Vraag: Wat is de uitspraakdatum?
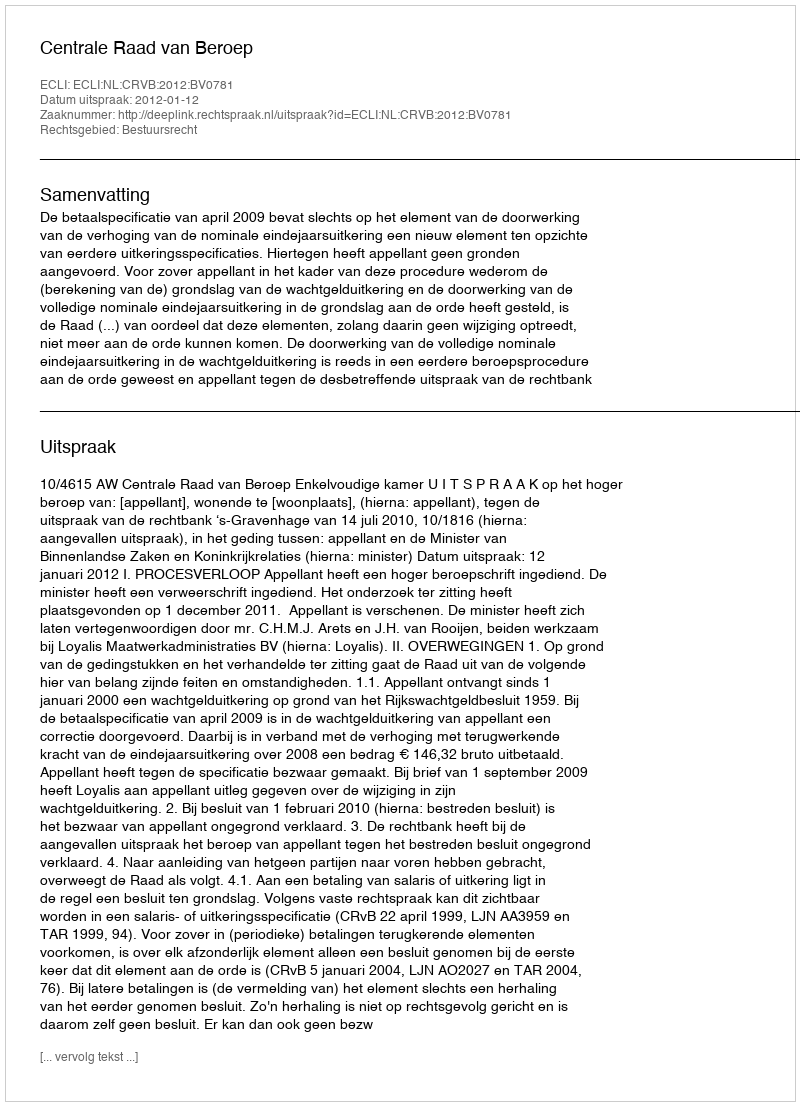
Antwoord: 2012-01-12